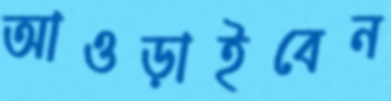
আওড়াইবেন